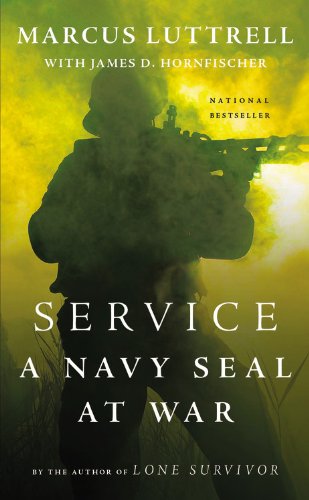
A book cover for Service: A Navy SEAL at War; Marcus Luttrell; Biographies & Memoirs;